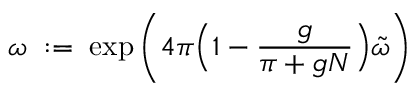
\omega \; : = \; \exp \left( 4 \pi \Big ( 1 - \frac { g } { \pi + g N } \Big ) \tilde { \omega } \right)